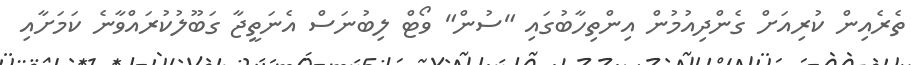
ތެރެއިން ކުރިއަށް ގެންދިއުމުން އިންތިހާބުގައި "ސުން" ވޯޓް ލިބުނަސް އެނަތީޖާ ގަބޫލުކުރައްވާނެ ކަމަށާއި